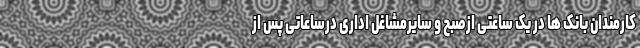
کارمندان بانک ها در یک ساعتی ازصبح و سایرمشاغل اداری درساعاتی پس از